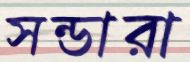
সন্ডারা